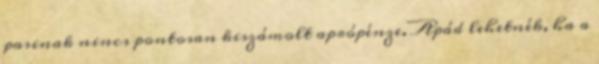
pasinak nincs pontosan kiszámolt aprópénze. Apád lehetnék, ha a